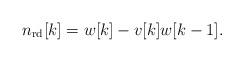
LaTeX: \begin{align*}n_{\mathrm{rd}}[k]=w[k]- v[k] w[k-1].\end{align*}